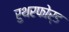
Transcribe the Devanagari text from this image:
रुथरफोर्ड